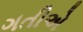
ગતીએ